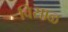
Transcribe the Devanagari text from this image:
विसाळ